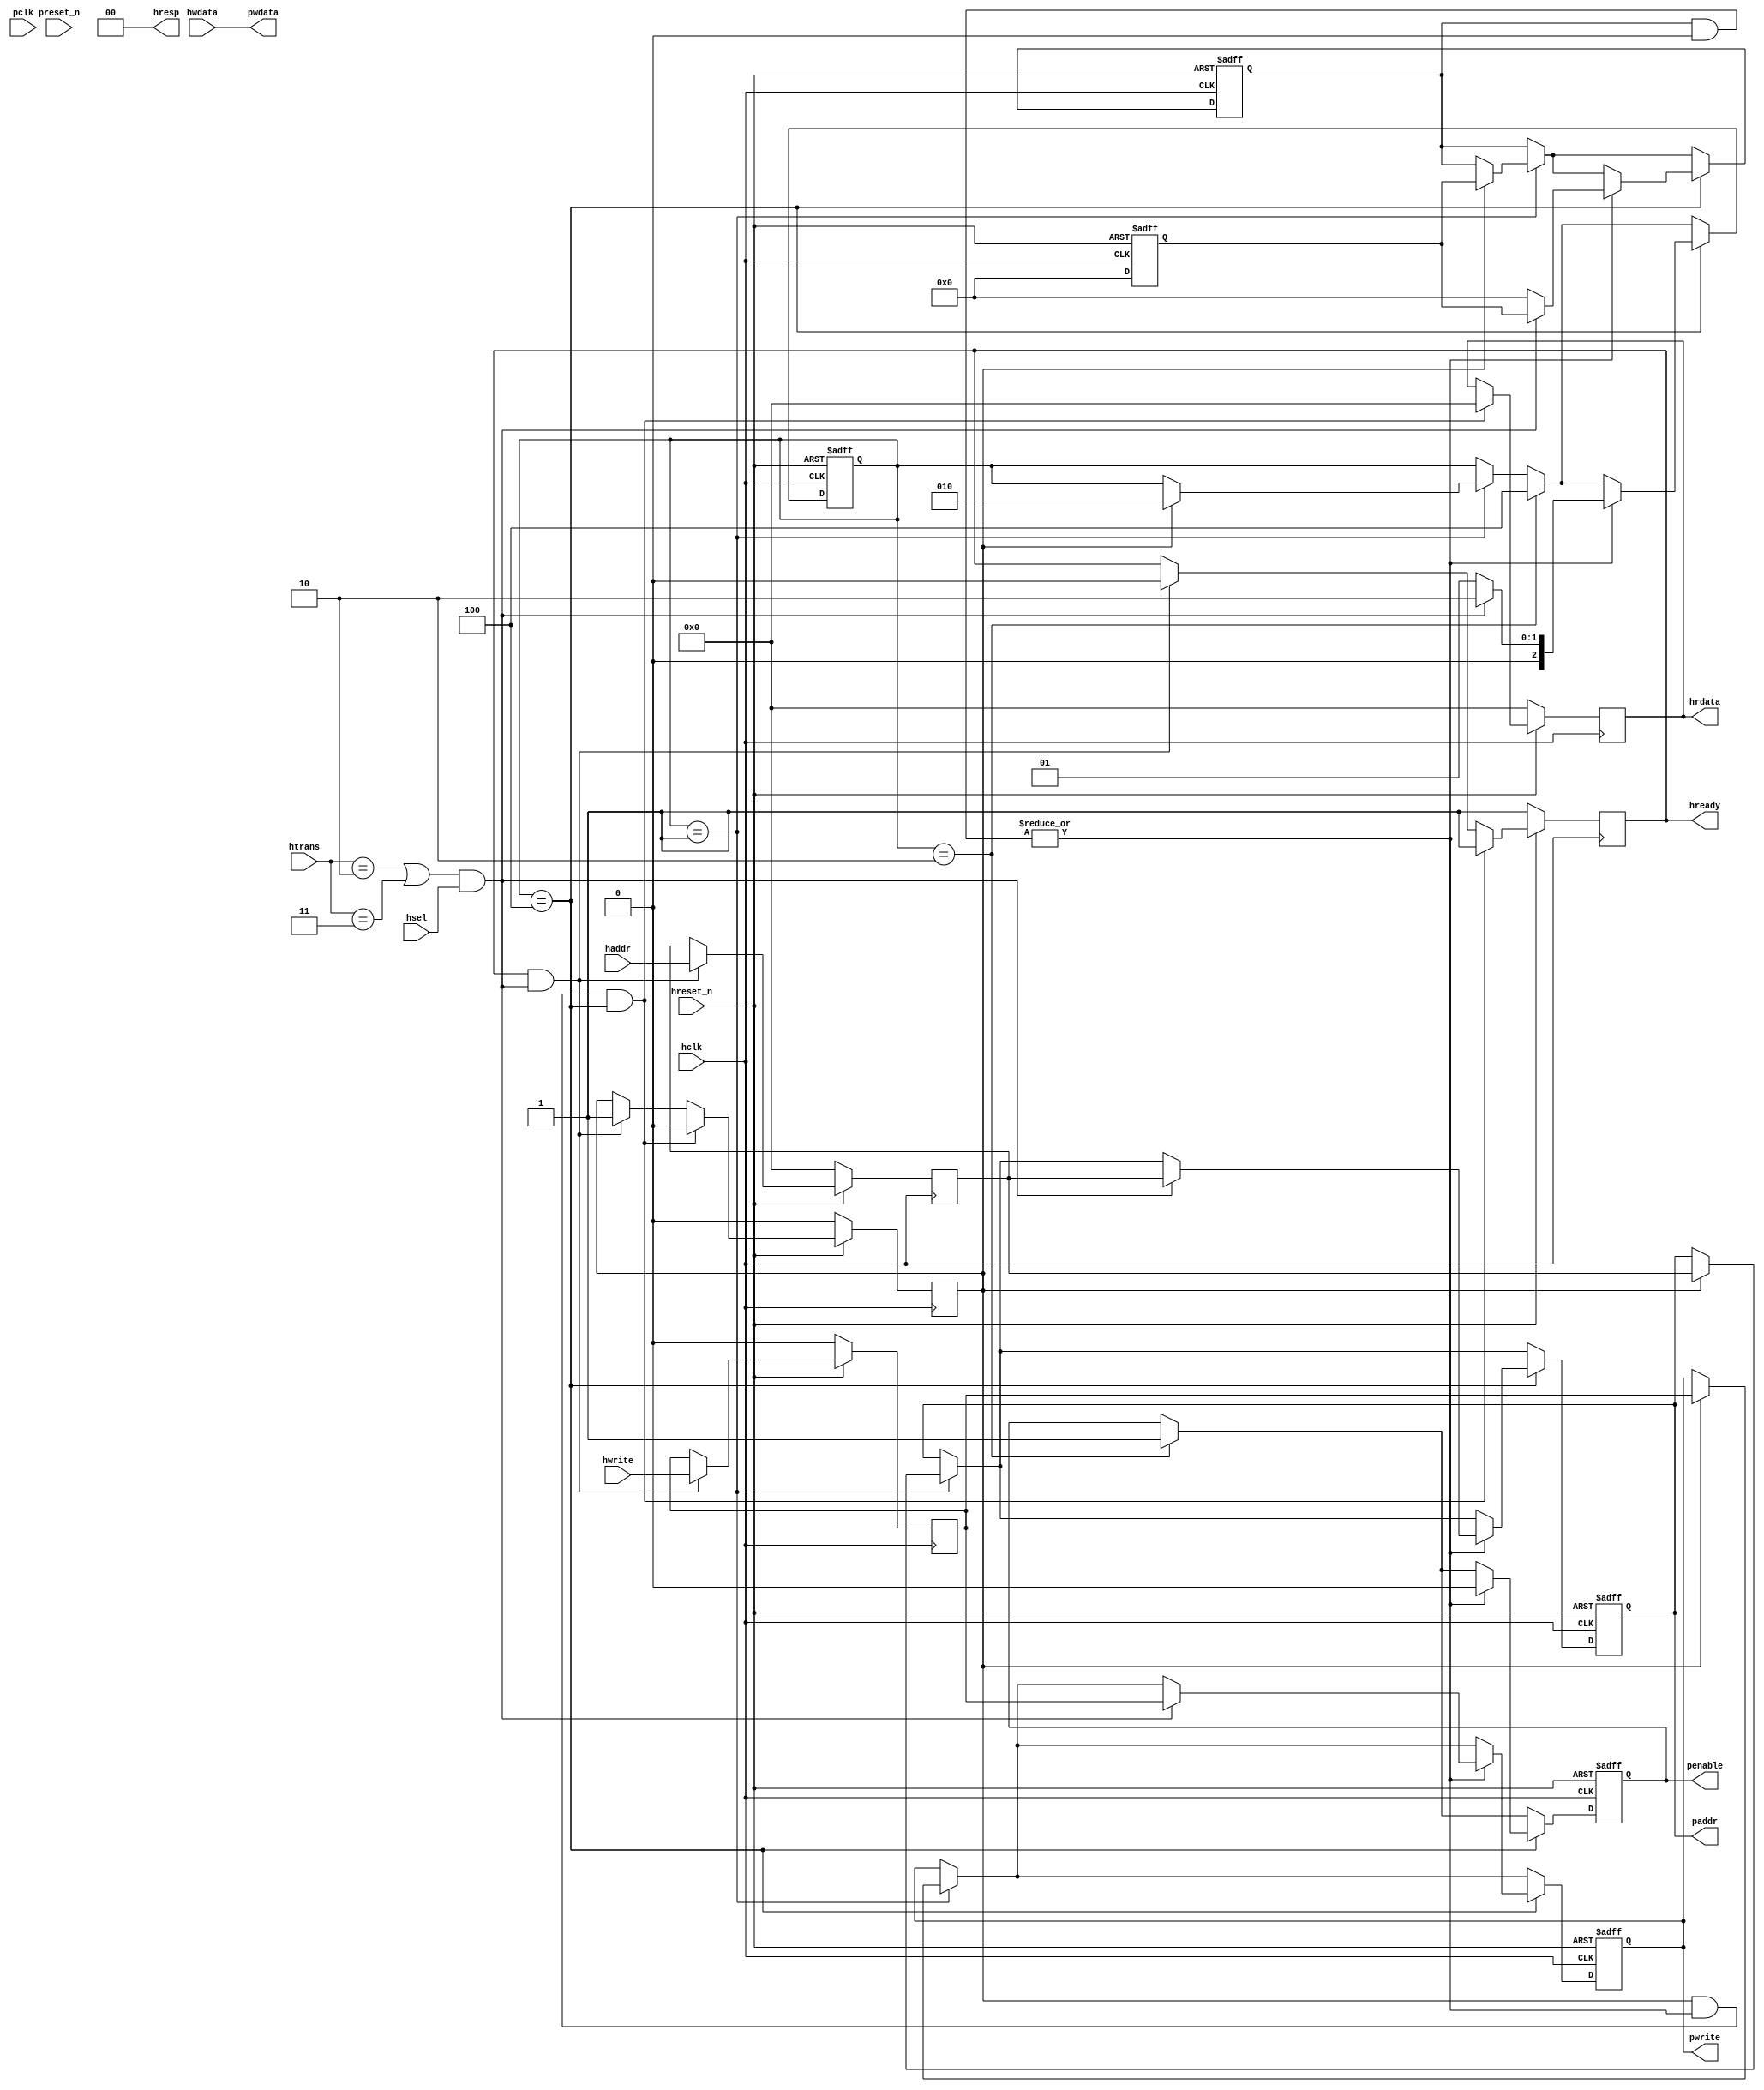
module ahb2apb
(
  // AHB signals
  hclk,
  hreset_n,
  hsel,
  haddr,
  htrans,
  hwdata,
  hwrite,
  hrdata,
  hready,
  hresp,
  
  // APB signals common to all APB slaves
  pclk,
  preset_n,
  paddr,
  penable,
  pwrite,
  pwdata
  
  // Slave 0 signals
  `ifdef APB_SLAVE0
  ,psel0
  ,pready0
  ,prdata0
  `endif
  
  // Slave 1 signals
  `ifdef APB_SLAVE1
  ,psel1
  ,pready1
  ,prdata1
  `endif
  
  // Slave 2 signals
  `ifdef APB_SLAVE2
  ,psel2
  ,pready2
  ,prdata2
  `endif
  
  // Slave 3 signals
  `ifdef APB_SLAVE3
  ,psel3
  ,pready3
  ,prdata3
  `endif
  
  // Slave 4 signals
  `ifdef APB_SLAVE4
  ,psel4
  ,pready4
  ,prdata4
  `endif
  
  // Slave 5 signals
  `ifdef APB_SLAVE5
  ,psel5
  ,pready5
  ,prdata5
  `endif
  
  // Slave 6 signals
  `ifdef APB_SLAVE6
  ,psel6
  ,pready6
  ,prdata6
  `endif
  
  // Slave 7 signals
  `ifdef APB_SLAVE7
  ,psel7
  ,pready7
  ,prdata7
  `endif
  
  // Slave 8 signals
  `ifdef APB_SLAVE8
  ,psel8
  ,pready8
  ,prdata8
  `endif
  
  // Slave 9 signals
  `ifdef APB_SLAVE9
  ,psel9
  ,pready9
  ,prdata9
  `endif
  
  // Slave 10 signals
  `ifdef APB_SLAVE10
  ,psel10
  ,pready10
  ,prdata10
  `endif
  
  // Slave 11 signals
  `ifdef APB_SLAVE11
  ,psel11
  ,pready11
  ,prdata11
  `endif
  
  // Slave 12 signals
  `ifdef APB_SLAVE12
  ,psel12
  ,pready12
  ,prdata12
  `endif
  
  // Slave 13 signals
  `ifdef APB_SLAVE13
  ,psel13
  ,pready13
  ,prdata13
  `endif
  
  // Slave 14 signals
  `ifdef APB_SLAVE14
  ,psel14
  ,pready14
  ,prdata14
  `endif
  
  // Slave 15 signals
  `ifdef APB_SLAVE15
  ,psel15
  ,pready15
  ,prdata15
  `endif
  
);

parameter 
  APB_SLAVE0_START_ADDR  = 32'h00000000,
  APB_SLAVE0_END_ADDR    = 32'h00000000,
  APB_SLAVE1_START_ADDR  = 32'h00000000,
  APB_SLAVE1_END_ADDR    = 32'h00000000,
  APB_SLAVE2_START_ADDR  = 32'h00000000,
  APB_SLAVE2_END_ADDR    = 32'h00000000,
  APB_SLAVE3_START_ADDR  = 32'h00000000,
  APB_SLAVE3_END_ADDR    = 32'h00000000,
  APB_SLAVE4_START_ADDR  = 32'h00000000,
  APB_SLAVE4_END_ADDR    = 32'h00000000,
  APB_SLAVE5_START_ADDR  = 32'h00000000,
  APB_SLAVE5_END_ADDR    = 32'h00000000,
  APB_SLAVE6_START_ADDR  = 32'h00000000,
  APB_SLAVE6_END_ADDR    = 32'h00000000,
  APB_SLAVE7_START_ADDR  = 32'h00000000,
  APB_SLAVE7_END_ADDR    = 32'h00000000,
  APB_SLAVE8_START_ADDR  = 32'h00000000,
  APB_SLAVE8_END_ADDR    = 32'h00000000,
  APB_SLAVE9_START_ADDR  = 32'h00000000,
  APB_SLAVE9_END_ADDR    = 32'h00000000,
  APB_SLAVE10_START_ADDR  = 32'h00000000,
  APB_SLAVE10_END_ADDR    = 32'h00000000,
  APB_SLAVE11_START_ADDR  = 32'h00000000,
  APB_SLAVE11_END_ADDR    = 32'h00000000,
  APB_SLAVE12_START_ADDR  = 32'h00000000,
  APB_SLAVE12_END_ADDR    = 32'h00000000,
  APB_SLAVE13_START_ADDR  = 32'h00000000,
  APB_SLAVE13_END_ADDR    = 32'h00000000,
  APB_SLAVE14_START_ADDR  = 32'h00000000,
  APB_SLAVE14_END_ADDR    = 32'h00000000,
  APB_SLAVE15_START_ADDR  = 32'h00000000,
  APB_SLAVE15_END_ADDR    = 32'h00000000;

  // AHB signals
input        hclk;
input        hreset_n;
input        hsel;
input[31:0]  haddr;
input[1:0]   htrans;
input[31:0]  hwdata;
input        hwrite;
output[31:0] hrdata;
reg   [31:0] hrdata;
output       hready;
output[1:0]  hresp;
  
  // APB signals common to all APB slaves
input       pclk;
input       preset_n;
output[31:0] paddr;
reg   [31:0] paddr;
output       penable;
reg          penable;
output       pwrite;
reg          pwrite;
output[31:0] pwdata;
  
  // Slave 0 signals
`ifdef APB_SLAVE0
  output      psel0;
  input       pready0;
  input[31:0] prdata0;
`endif
  
  // Slave 1 signals
`ifdef APB_SLAVE1
  output      psel1;
  input       pready1;
  input[31:0] prdata1;
`endif
  
  // Slave 2 signals
`ifdef APB_SLAVE2
  output      psel2;
  input       pready2;
  input[31:0] prdata2;
`endif
  
  // Slave 3 signals
`ifdef APB_SLAVE3
  output      psel3;
  input       pready3;
  input[31:0] prdata3;
`endif
  
  // Slave 4 signals
`ifdef APB_SLAVE4
  output      psel4;
  input       pready4;
  input[31:0] prdata4;
`endif
  
  // Slave 5 signals
`ifdef APB_SLAVE5
  output      psel5;
  input       pready5;
  input[31:0] prdata5;
`endif
  
  // Slave 6 signals
`ifdef APB_SLAVE6
  output      psel6;
  input       pready6;
  input[31:0] prdata6;
`endif
  
  // Slave 7 signals
`ifdef APB_SLAVE7
  output      psel7;
  input       pready7;
  input[31:0] prdata7;
`endif
  
  // Slave 8 signals
`ifdef APB_SLAVE8
  output      psel8;
  input       pready8;
  input[31:0] prdata8;
`endif
  
  // Slave 9 signals
`ifdef APB_SLAVE9
  output      psel9;
  input       pready9;
  input[31:0] prdata9;
`endif
  
  // Slave 10 signals
`ifdef APB_SLAVE10
  output      psel10;
  input       pready10;
  input[31:0] prdata10;
`endif
  
  // Slave 11 signals
`ifdef APB_SLAVE11
  output      psel11;
  input       pready11;
  input[31:0] prdata11;
`endif
  
  // Slave 12 signals
`ifdef APB_SLAVE12
  output      psel12;
  input       pready12;
  input[31:0] prdata12;
`endif
  
  // Slave 13 signals
`ifdef APB_SLAVE13
  output      psel13;
  input       pready13;
  input[31:0] prdata13;
`endif
  
  // Slave 14 signals
`ifdef APB_SLAVE14
  output      psel14;
  input       pready14;
  input[31:0] prdata14;
`endif
  
  // Slave 15 signals
`ifdef APB_SLAVE15
  output      psel15;
  input       pready15;
  input[31:0] prdata15;
`endif
 
reg         ahb_addr_phase;
reg         ahb_data_phase;
wire        valid_ahb_trans;
wire        pready_muxed;
wire [31:0] prdata_muxed;
reg  [31:0] haddr_reg;
reg         hwrite_reg;
reg  [2:0]  apb_state;
wire [2:0]  apb_state_idle;
wire [2:0]  apb_state_setup;
wire [2:0]  apb_state_access;
reg  [15:0] slave_select;
wire [15:0] pready_vector;
reg  [15:0] psel_vector;
wire [31:0] prdata0_q;
wire [31:0] prdata1_q;
wire [31:0] prdata2_q;
wire [31:0] prdata3_q;
wire [31:0] prdata4_q;
wire [31:0] prdata5_q;
wire [31:0] prdata6_q;
wire [31:0] prdata7_q;
wire [31:0] prdata8_q;
wire [31:0] prdata9_q;
wire [31:0] prdata10_q;
wire [31:0] prdata11_q;
wire [31:0] prdata12_q;
wire [31:0] prdata13_q;
wire [31:0] prdata14_q;
wire [31:0] prdata15_q;

// assign pclk     = hclk;
// assign preset_n = hreset_n;
assign hready   = ahb_addr_phase;
assign pwdata   = hwdata;
assign hresp  = 2'b00;

// Respond to NONSEQ or SEQ transfers
assign valid_ahb_trans = ((htrans == 2'b10) || (htrans == 2'b11)) && (hsel == 1'b1);

always @(posedge hclk) begin
  if (hreset_n == 1'b0) begin
    ahb_addr_phase <= 1'b1;
    ahb_data_phase <= 1'b0;
    haddr_reg      <= 'b0;
    hwrite_reg     <= 1'b0;
    hrdata         <= 'b0;
  end
  else begin
    if (ahb_addr_phase == 1'b1 && valid_ahb_trans == 1'b1) begin
      ahb_addr_phase <= 1'b0;
      ahb_data_phase <= 1'b1;
      haddr_reg      <= haddr;
      hwrite_reg     <= hwrite;
    end
    if (ahb_data_phase == 1'b1 && pready_muxed == 1'b1 && apb_state == apb_state_access) begin
      ahb_addr_phase <= 1'b1;
      ahb_data_phase <= 1'b0;
      hrdata         <= prdata_muxed;
    end
  end
end

// APB state machine state definitions
assign apb_state_idle   = 3'b001;
assign apb_state_setup  = 3'b010;
assign apb_state_access = 3'b100;

// APB state machine
always @(posedge hclk or negedge hreset_n) begin
  if (hreset_n == 1'b0) begin
    apb_state   <= apb_state_idle;
    psel_vector <= 1'b0;
    penable     <= 1'b0;
    paddr       <= 1'b0;
    pwrite      <= 1'b0;
  end  
  else begin
    
    // IDLE -> SETUP
    if (apb_state == apb_state_idle) begin
      if (ahb_data_phase == 1'b1) begin
        apb_state   <= apb_state_setup;
        psel_vector <= slave_select;
        paddr       <= haddr_reg;
        pwrite      <= hwrite_reg;
      end  
    end
    
    // SETUP -> TRANSFER
    if (apb_state == apb_state_setup) begin
      apb_state <= apb_state_access;
      penable   <= 1'b1;
    end
    
    // TRANSFER -> SETUP or
    // TRANSFER -> IDLE
    if (apb_state == apb_state_access) begin
      if (pready_muxed == 1'b1) begin
      
        // TRANSFER -> SETUP
        if (valid_ahb_trans == 1'b1) begin
          apb_state   <= apb_state_setup;
          penable     <= 1'b0;
          psel_vector <= slave_select;
          paddr       <= haddr_reg;
          pwrite      <= hwrite_reg;
        end  
        
        // TRANSFER -> IDLE
        else begin
          apb_state   <= apb_state_idle;      
          penable     <= 1'b0;
          psel_vector <= 'b0;
        end  
      end
    end
    
  end
end

always @(posedge hclk or negedge hreset_n) begin
  if (hreset_n == 1'b0)
    slave_select <= 'b0;
  else begin  
  `ifdef APB_SLAVE0
     slave_select[0]   <= valid_ahb_trans && (haddr >= APB_SLAVE0_START_ADDR)  && (haddr <= APB_SLAVE0_END_ADDR);
   `else
     slave_select[0]   <= 1'b0;
   `endif
   
   `ifdef APB_SLAVE1
     slave_select[1]   <= valid_ahb_trans && (haddr >= APB_SLAVE1_START_ADDR)  && (haddr <= APB_SLAVE1_END_ADDR);
   `else
     slave_select[1]   <= 1'b0;
   `endif  
     
   `ifdef APB_SLAVE2  
     slave_select[2]   <= valid_ahb_trans && (haddr >= APB_SLAVE2_START_ADDR)  && (haddr <= APB_SLAVE2_END_ADDR);
   `else
     slave_select[2]   <= 1'b0;
   `endif  
     
   `ifdef APB_SLAVE3  
     slave_select[3]   <= valid_ahb_trans && (haddr >= APB_SLAVE3_START_ADDR)  && (haddr <= APB_SLAVE3_END_ADDR);
   `else
     slave_select[3]   <= 1'b0;
   `endif  
     
   `ifdef APB_SLAVE4  
     slave_select[4]   <= valid_ahb_trans && (haddr >= APB_SLAVE4_START_ADDR)  && (haddr <= APB_SLAVE4_END_ADDR);
   `else
     slave_select[4]   <= 1'b0;
   `endif  
     
   `ifdef APB_SLAVE5  
     slave_select[5]   <= valid_ahb_trans && (haddr >= APB_SLAVE5_START_ADDR)  && (haddr <= APB_SLAVE5_END_ADDR);
   `else
     slave_select[5]   <= 1'b0;
   `endif  
     
   `ifdef APB_SLAVE6  
     slave_select[6]   <= valid_ahb_trans && (haddr >= APB_SLAVE6_START_ADDR)  && (haddr <= APB_SLAVE6_END_ADDR);
   `else
     slave_select[6]   <= 1'b0;
   `endif  
     
   `ifdef APB_SLAVE7  
     slave_select[7]   <= valid_ahb_trans && (haddr >= APB_SLAVE7_START_ADDR)  && (haddr <= APB_SLAVE7_END_ADDR);
   `else
     slave_select[7]   <= 1'b0;
   `endif  
     
   `ifdef APB_SLAVE8  
     slave_select[8]   <= valid_ahb_trans && (haddr >= APB_SLAVE8_START_ADDR)  && (haddr <= APB_SLAVE8_END_ADDR);
   `else
     slave_select[8]   <= 1'b0;
   `endif  
     
   `ifdef APB_SLAVE9  
     slave_select[9]   <= valid_ahb_trans && (haddr >= APB_SLAVE9_START_ADDR)  && (haddr <= APB_SLAVE9_END_ADDR);
   `else
     slave_select[9]   <= 1'b0;
   `endif  
     
   `ifdef APB_SLAVE10  
     slave_select[10]  <= valid_ahb_trans && (haddr >= APB_SLAVE10_START_ADDR) && (haddr <= APB_SLAVE10_END_ADDR);
   `else
     slave_select[10]   <= 1'b0;
   `endif  
     
   `ifdef APB_SLAVE11  
     slave_select[11]  <= valid_ahb_trans && (haddr >= APB_SLAVE11_START_ADDR) && (haddr <= APB_SLAVE11_END_ADDR);
   `else
     slave_select[11]   <= 1'b0;
   `endif  
     
   `ifdef APB_SLAVE12  
     slave_select[12]  <= valid_ahb_trans && (haddr >= APB_SLAVE12_START_ADDR) && (haddr <= APB_SLAVE12_END_ADDR);
   `else
     slave_select[12]   <= 1'b0;
   `endif  
     
   `ifdef APB_SLAVE13  
     slave_select[13]  <= valid_ahb_trans && (haddr >= APB_SLAVE13_START_ADDR) && (haddr <= APB_SLAVE13_END_ADDR);
   `else
     slave_select[13]   <= 1'b0;
   `endif  
     
   `ifdef APB_SLAVE14  
     slave_select[14]  <= valid_ahb_trans && (haddr >= APB_SLAVE14_START_ADDR) && (haddr <= APB_SLAVE14_END_ADDR);
   `else
     slave_select[14]   <= 1'b0;
   `endif  
     
   `ifdef APB_SLAVE15  
     slave_select[15]  <= valid_ahb_trans && (haddr >= APB_SLAVE15_START_ADDR) && (haddr <= APB_SLAVE15_END_ADDR);
   `else
     slave_select[15]   <= 1'b0;
   `endif  
  end
end

assign pready_muxed = |(psel_vector & pready_vector);
assign prdata_muxed = prdata0_q  | prdata1_q  | prdata2_q  | prdata3_q  |
                      prdata4_q  | prdata5_q  | prdata6_q  | prdata7_q  |
                      prdata8_q  | prdata9_q  | prdata10_q | prdata11_q |
                      prdata12_q | prdata13_q | prdata14_q | prdata15_q ;

`ifdef APB_SLAVE0
  assign psel0            = psel_vector[0];
  assign pready_vector[0] = pready0;
  assign prdata0_q        = (psel0 == 1'b1) ? prdata0 : 'b0;
`else
  assign pready_vector[0] = 1'b0;
  assign prdata0_q        = 'b0;
`endif

`ifdef APB_SLAVE1
  assign psel1            = psel_vector[1];
  assign pready_vector[1] = pready1;
  assign prdata1_q        = (psel1 == 1'b1) ? prdata1 : 'b0;
`else
  assign pready_vector[1] = 1'b0;
  assign prdata1_q        = 'b0;
`endif

`ifdef APB_SLAVE2
  assign psel2            = psel_vector[2];
  assign pready_vector[2] = pready2;
  assign prdata2_q        = (psel2 == 1'b1) ? prdata2 : 'b0;
`else
  assign pready_vector[2] = 1'b0;
  assign prdata2_q        = 'b0;
`endif

`ifdef APB_SLAVE3
  assign psel3            = psel_vector[3];
  assign pready_vector[3] = pready3;
  assign prdata3_q        = (psel3 == 1'b1) ? prdata3 : 'b0;
`else
  assign pready_vector[3] = 1'b0;
  assign prdata3_q        = 'b0;
`endif

`ifdef APB_SLAVE4
  assign psel4            = psel_vector[4];
  assign pready_vector[4] = pready4;
  assign prdata4_q        = (psel4 == 1'b1) ? prdata4 : 'b0;
`else
  assign pready_vector[4] = 1'b0;
  assign prdata4_q        = 'b0;
`endif

`ifdef APB_SLAVE5
  assign psel5            = psel_vector[5];
  assign pready_vector[5] = pready5;
  assign prdata5_q        = (psel5 == 1'b1) ? prdata5 : 'b0;
`else
  assign pready_vector[5] = 1'b0;
  assign prdata5_q        = 'b0;
`endif

`ifdef APB_SLAVE6
  assign psel6            = psel_vector[6];
  assign pready_vector[6] = pready6;
  assign prdata6_q        = (psel6 == 1'b1) ? prdata6 : 'b0;
`else
  assign pready_vector[6] = 1'b0;
  assign prdata6_q        = 'b0;
`endif

`ifdef APB_SLAVE7
  assign psel7            = psel_vector[7];
  assign pready_vector[7] = pready7;
  assign prdata7_q        = (psel7 == 1'b1) ? prdata7 : 'b0;
`else
  assign pready_vector[7] = 1'b0;
  assign prdata7_q        = 'b0;
`endif

`ifdef APB_SLAVE8
  assign psel8            = psel_vector[8];
  assign pready_vector[8] = pready8;
  assign prdata8_q        = (psel8 == 1'b1) ? prdata8 : 'b0;
`else
  assign pready_vector[8] = 1'b0;
  assign prdata8_q        = 'b0;
`endif

`ifdef APB_SLAVE9
  assign psel9            = psel_vector[9];
  assign pready_vector[9] = pready9;
  assign prdata9_q        = (psel9 == 1'b1) ? prdata9 : 'b0;
`else
  assign pready_vector[9] = 1'b0;
  assign prdata9_q        = 'b0;
`endif

`ifdef APB_SLAVE10
  assign psel10            = psel_vector[10];
  assign pready_vector[10] = pready10;
  assign prdata10_q        = (psel10 == 1'b1) ? prdata10 : 'b0;
`else
  assign pready_vector[10] = 1'b0;
  assign prdata10_q        = 'b0;
`endif

`ifdef APB_SLAVE11
  assign psel11            = psel_vector[11];
  assign pready_vector[11] = pready11;
  assign prdata11_q        = (psel11 == 1'b1) ? prdata11 : 'b0;
`else
  assign pready_vector[11] = 1'b0;
  assign prdata11_q        = 'b0;
`endif

`ifdef APB_SLAVE12
  assign psel12            = psel_vector[12];
  assign pready_vector[12] = pready12;
  assign prdata12_q        = (psel12 == 1'b1) ? prdata12 : 'b0;
`else
  assign pready_vector[12] = 1'b0;
  assign prdata12_q        = 'b0;
`endif

`ifdef APB_SLAVE13
  assign psel13            = psel_vector[13];
  assign pready_vector[13] = pready13;
  assign prdata13_q        = (psel13 == 1'b1) ? prdata13 : 'b0;
`else
  assign pready_vector[13] = 1'b0;
  assign prdata13_q        = 'b0;
`endif

`ifdef APB_SLAVE14
  assign psel14            = psel_vector[14];
  assign pready_vector[14] = pready14;
  assign prdata14_q        = (psel14 == 1'b1) ? prdata14 : 'b0;
`else
  assign pready_vector[14] = 1'b0;
  assign prdata14_q        = 'b0;
`endif

`ifdef APB_SLAVE15
  assign psel15            = psel_vector[15];
  assign pready_vector[15] = pready15;
  assign prdata15_q        = (psel15 == 1'b1) ? prdata15 : 'b0;
`else
  assign pready_vector[15] = 1'b0;
  assign prdata15_q        = 'b0;
`endif

endmodule